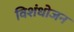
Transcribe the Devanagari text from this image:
विशंधोजन